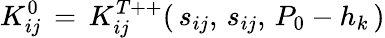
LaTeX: K_{ij}^{0}\, =\, K_{ij}^{T++}(\, s_{ij},\, s_{ij},\, P_{0}-h_{k}\, )